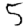
Digit: 5